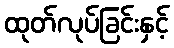
ထုတ်လုပ်ခြင်းနှင့်